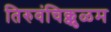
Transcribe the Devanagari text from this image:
तिरुवंचिक्कुळम